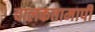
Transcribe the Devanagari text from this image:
चालकतामापी